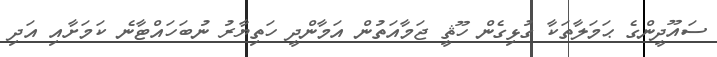
ސައޫދީންގެ ޙަމަލާތަކާ ގުޅިގެން ހޫޘީ ޖަމާއަތުން އަމާންދީ ހަތިޔާރު ނުބަހައްޓާނެ ކަމަށާއި އަދި